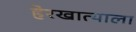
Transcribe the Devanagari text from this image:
हेरखात्याला